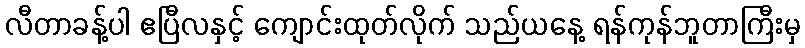
လီတာခန့်ပါ ဧပြီလနှင့် ကျောင်းထုတ်လိုက် သည်ယနေ့ ရန်ကုန်ဘူတာကြီးမှ